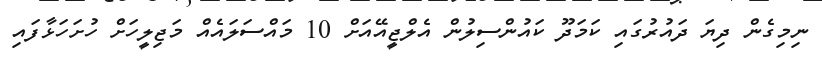
ނިމިގެން ދިޔަ ދައުރުގައި ކަމަދޫ ކައުންސިލުން އެލްޖީއޭއަށް 10 މައްސަލައެއް މަޖިލީހަށް ހުށަހަޅާފައި